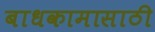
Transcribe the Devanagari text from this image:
बाधकामासाठी